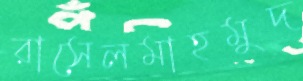
রাসেলমাহমুদ